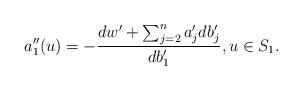
LaTeX: \begin{align*}a_1''(u)=-\frac{dw'+\sum_{j=2}^n a_j'db_j'}{db_1'},u\in S_1.\end{align*}